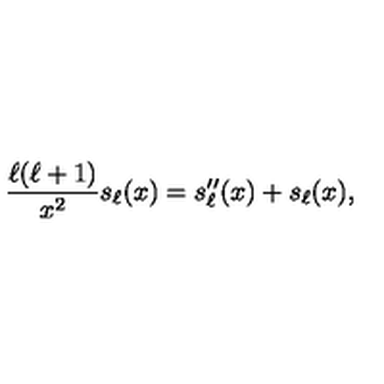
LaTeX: { \frac { \ell ( \ell + 1 ) } { x ^ { 2 } } } s _ { \ell } ( x ) = s _ { \ell } ^ { \prime \prime } ( x ) + s _ { \ell } ( x ) ,